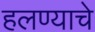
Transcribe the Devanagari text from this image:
हलण्याचे